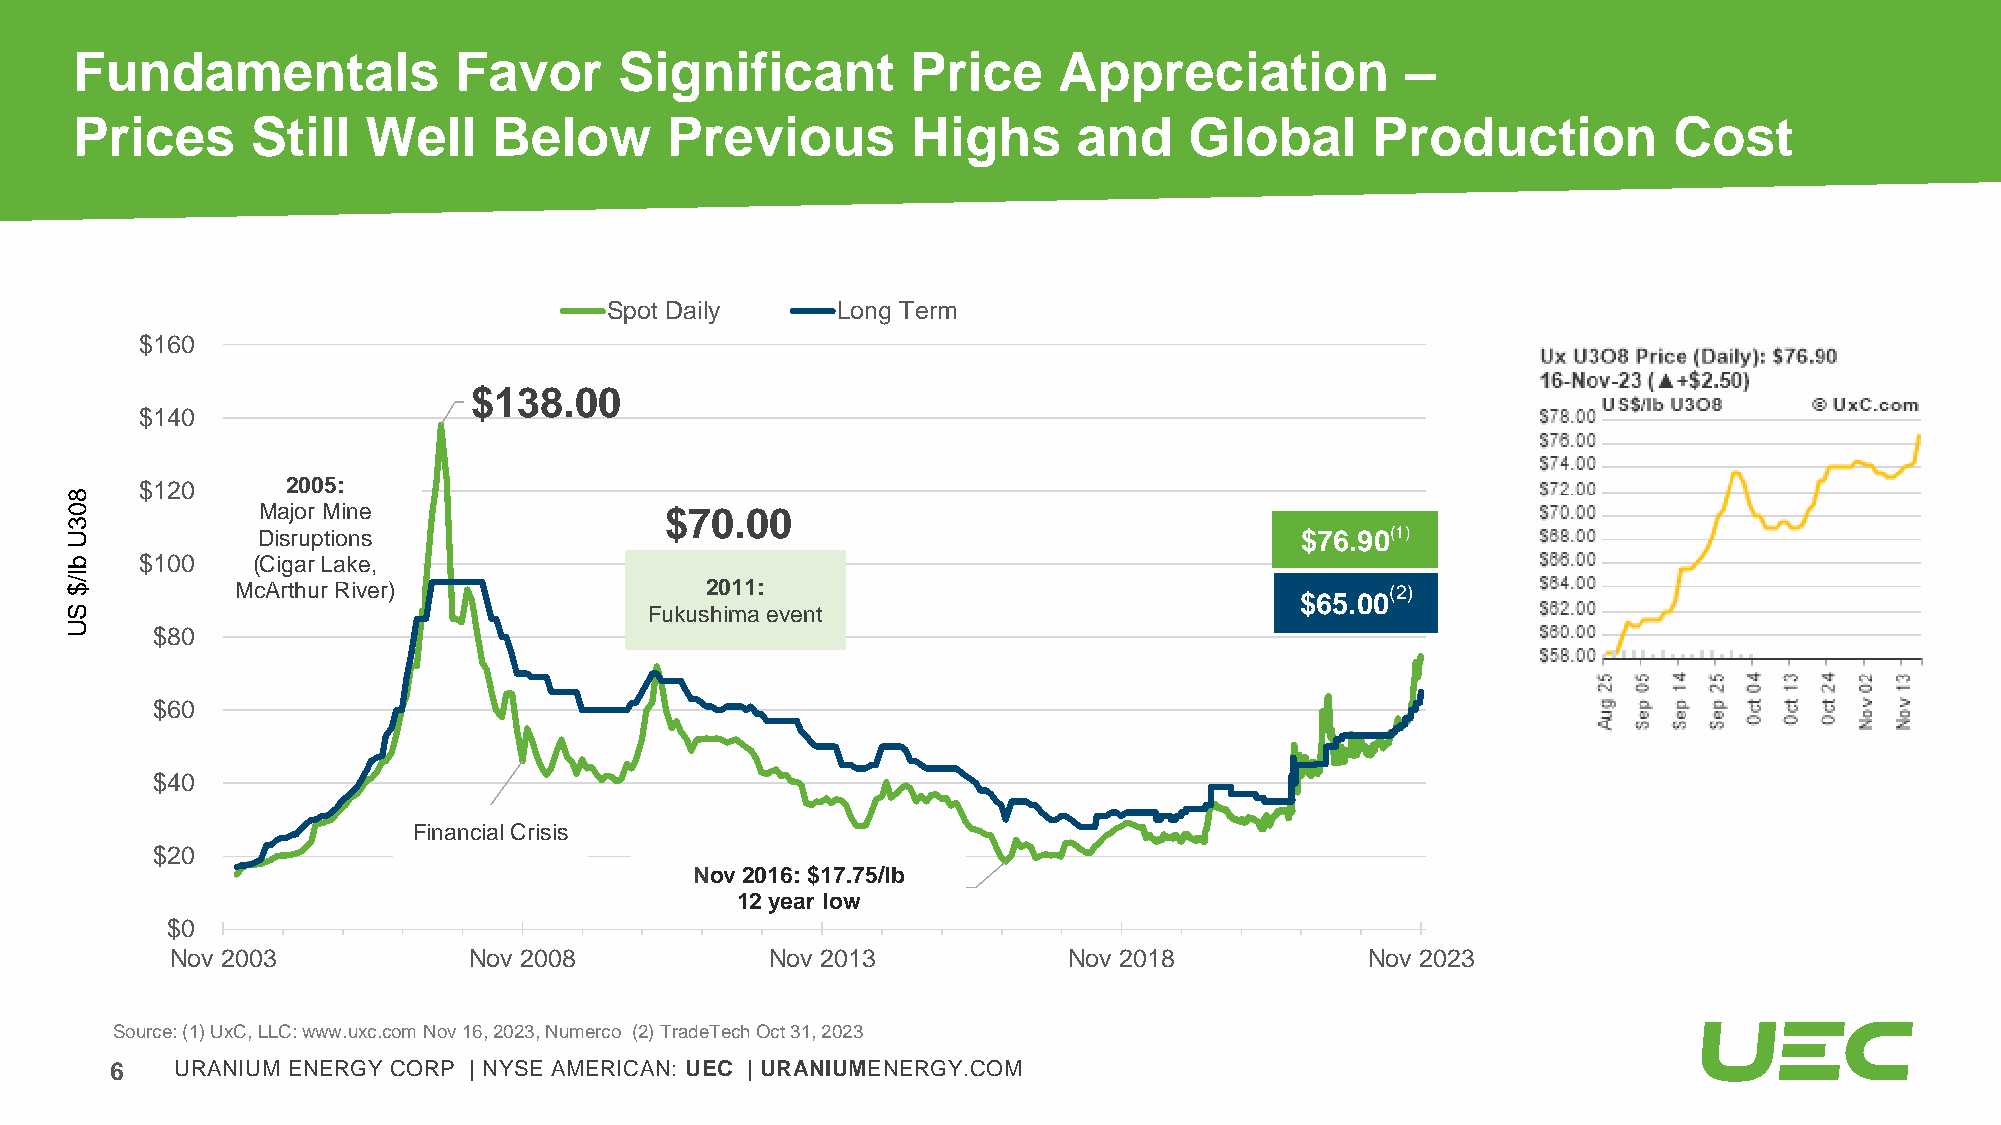
Fundamentals             Favor      Significant        Price     Appreciation           –
 Prices      Still  Well     Below      Previous        Highs      and     Global      Production          Cost
 Spot Daily     Long Term
 $160
 $138.00
 $140
 $120      2005:
 8
 0            Major Mine                 $70.00
 3
 U            Disruptions                                                          $76.90(1)
 b    $100    (Cigar Lake,
 l/
 $           McArthur River)                2011:                                        (2)
 $65.00
 S                                      Fukushima event
 U
 $80
 $60
 $40
 Financial Crisis
 $20
 Nov 2016: $17.75/lb
 12 year low
 $0
 Nov 2003            Nov 2008            Nov 2013            Nov 2018           Nov 2023
 Source: (1) UxC, LLC: www.uxc.com Nov 16, 2023, Numerco (2) TradeTechOct 31, 2023
 6    URANIUM ENERGY CORP | NYSE AMERICAN: UEC | URANIUMENERGY.COM